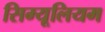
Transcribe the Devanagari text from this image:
सिम्यूलियम